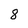
Character: 8